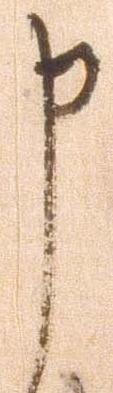
申